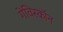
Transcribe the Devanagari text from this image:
गेविस्कॉन